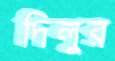
দিলুর